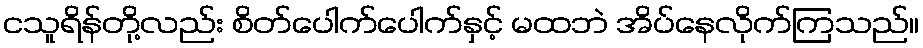
ငသူရိန်တို့လည်း စိတ်ပေါက်ပေါက်နှင့် မထဘဲ အိပ်နေလိုက်ကြသည်။